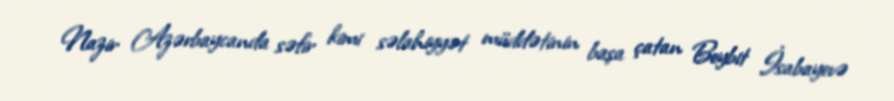
Nazir Azərbaycanda səfir kimi səlahiyyət müddətinin başa çatan Beybit İsabayevə